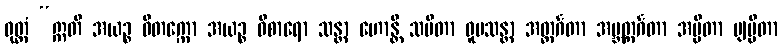
ဝုတ္တံ “ဣတိ အယဉ္စ ဝိတက္ကော အယဉ္စ ဝိစာရော သန္တာ ဟောန္တိ သမိတာ ဝူပသန္တာ အတ္ထင်္ဂတာ အဗ္ဘတ္ထင်္ဂတာ အပ္ပိတာ ဗျပ္ပိတာ